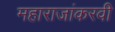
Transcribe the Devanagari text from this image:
महाराजांकरवी